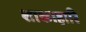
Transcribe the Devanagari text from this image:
शाकाहारि